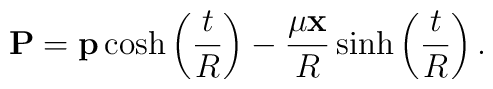
{\bf P}={\bf p}\cosh\left(\frac{t}{R}\right)-\frac{\mu{\bf x}}{R}\sinh\left(\frac{t}{R}\right).